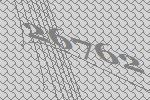
26762